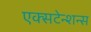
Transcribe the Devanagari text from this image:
एक्सटेन्शन्स